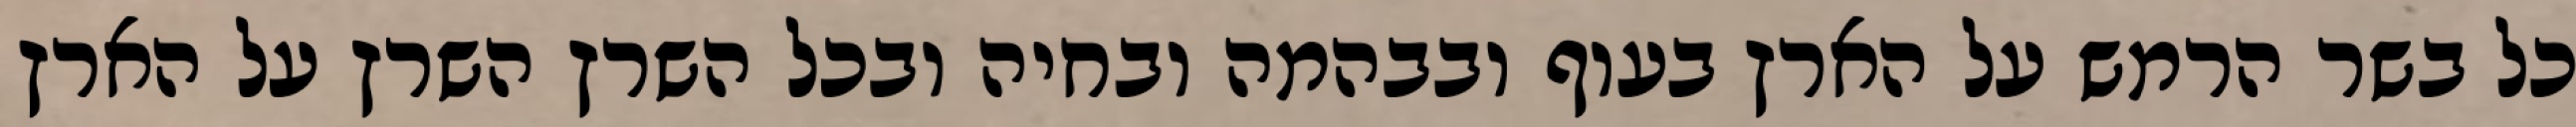
כל בשר הרמש על הארץ בעוף ובבהמה ובחיה ובכל השרץ השרץ על הארץ